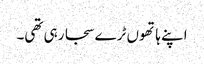
اپنے ہاتھوں ٹرے سجا رہی تھی۔